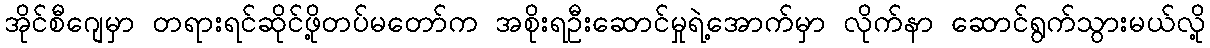
အိုင်စီဂျေမှာ တရားရင်ဆိုင်ဖို့တပ်မတော်က အစိုးရဦးဆောင်မှုရဲ့အောက်မှာ လိုက်နာ ဆောင်ရွက်သွားမယ်လို့